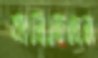
ভানিতেছেন